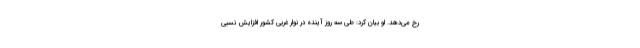
رخ می‌دهد. او بیان کرد: طی سه روز آینده در نوار غربی کشور افزایش نسبی